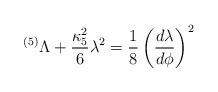
LaTeX: \begin{align*}{}^{(5)}\Lambda + {\kappa_5^2\over6} \lambda^2 = {1\over8} \left( {d\lambda \over d\phi} \right)^2\end{align*}